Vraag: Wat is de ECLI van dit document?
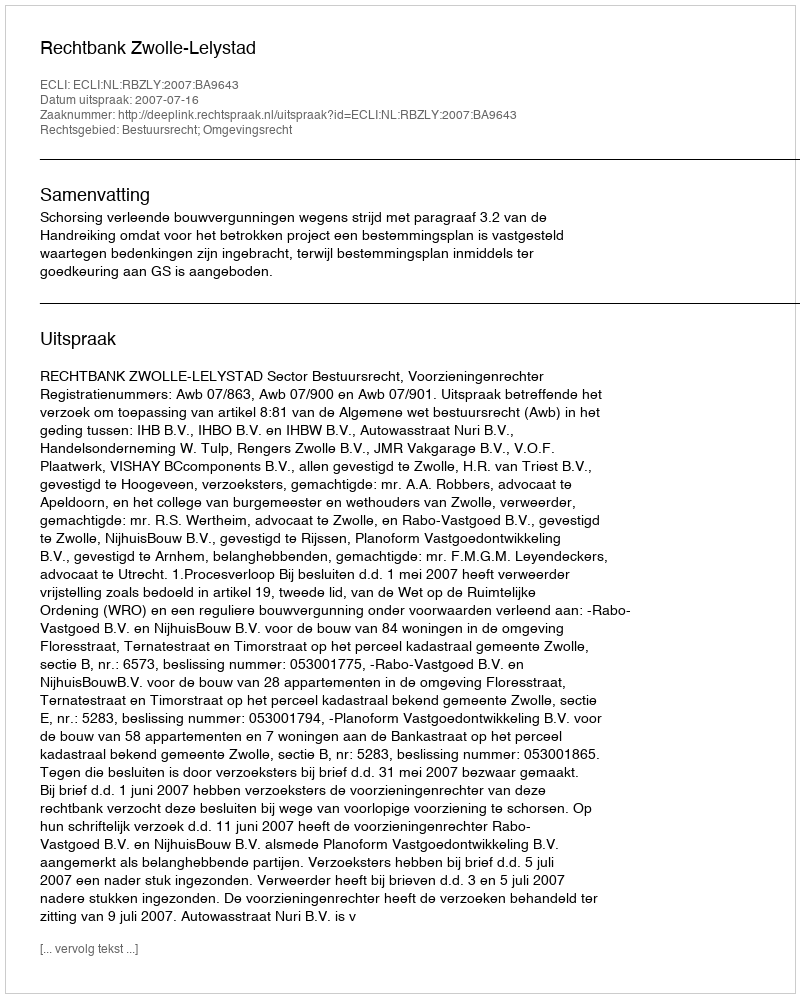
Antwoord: ECLI:NL:RBZLY:2007:BA9643